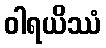
ဝါရယိဿံ